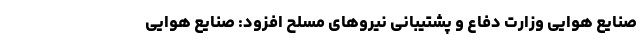
صنایع هوایی وزارت دفاع و پشتیبانی نیروهای مسلح افزود: صنایع هوایی